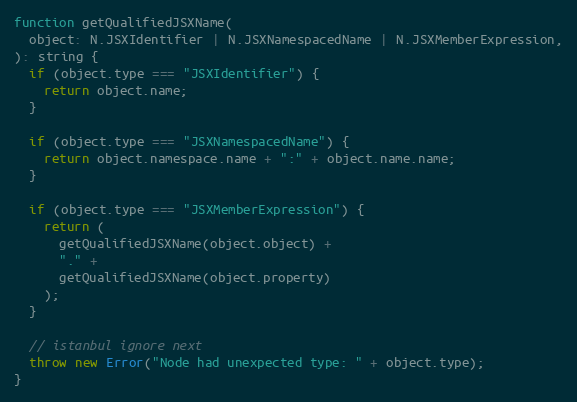
Language: JavaScript
function getQualifiedJSXName(
  object: N.JSXIdentifier | N.JSXNamespacedName | N.JSXMemberExpression,
): string {
  if (object.type === "JSXIdentifier") {
    return object.name;
  }

  if (object.type === "JSXNamespacedName") {
    return object.namespace.name + ":" + object.name.name;
  }

  if (object.type === "JSXMemberExpression") {
    return (
      getQualifiedJSXName(object.object) +
      "." +
      getQualifiedJSXName(object.property)
    );
  }

  // istanbul ignore next
  throw new Error("Node had unexpected type: " + object.type);
}